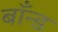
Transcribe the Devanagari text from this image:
बाँन्ड